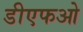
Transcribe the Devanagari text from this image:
डीएफओ